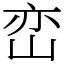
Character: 峦